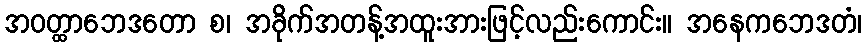
အဝတ္ထာဘေဒတော စ၊ အခိုက်အတန့်အထူးအားဖြင့်လည်းကောင်း။ အနေကဘေဒတံ၊